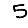
Digit: 5